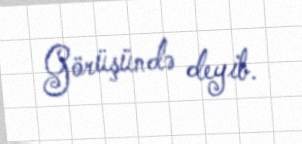
Görüşündə deyib.